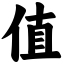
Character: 值